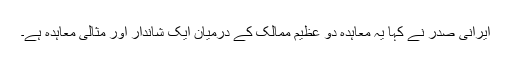
ایرانی صدر نے کہا یہ معاہدہ دو عظیم ممالک کے درمیان ایک شاندار اور مثالی معاہدہ ہے۔